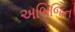
અભિજિત